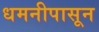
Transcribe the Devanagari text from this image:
धमनीपासून